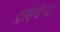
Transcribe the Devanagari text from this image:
ट्राईडेन्ट